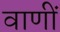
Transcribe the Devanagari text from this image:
वाणीं